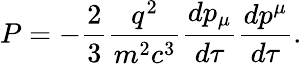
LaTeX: P=-{\frac{2}{3}}{\frac{q^{2}}{m^{2}c^{3}}}{\frac{dp_{\mu}}{d\tau}}{\frac{dp^{\mu}}{d\tau}}.